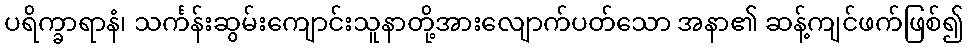
ပရိက္ခာရာနံ၊ သင်္ကန်းဆွမ်းကျောင်းသူနာတို့အားလျောက်ပတ်သော အနာ၏ ဆန့်ကျင်ဖက်ဖြစ်၍